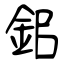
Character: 鈻